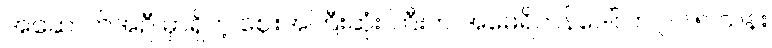
အဆောက်အဦ မှာရှိတဲ့ ဈေးအကြီးဆုံး ကြီးက အမေရိကန်ဒေါ်လာ ၂၆.၅ သန်း